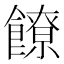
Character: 䭜